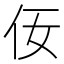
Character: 𪜨